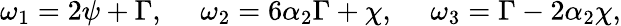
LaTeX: \omega_{1}=2\psi+\Gamma,~~~~~\omega_{2}=6\alpha_{2}\Gamma+\chi,~~~~~\omega_{3}=\Gamma-2\alpha_{2}\chi,